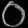
Digit: ၀